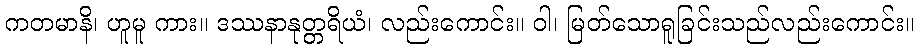
ကတမာနိ၊ ဟူမူ ကား။ ဒဿနာနုတ္တရိယံ၊ လည်းကောင်း။ ဝါ၊ မြတ်သောရူခြင်းသည်လည်းကောင်း။